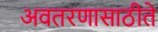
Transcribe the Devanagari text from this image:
अवतरणासाठीते